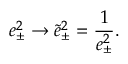
e _ { \pm } ^ { 2 } \rightarrow \widetilde { e } _ { \pm } ^ { 2 } = \frac { 1 } { e _ { \pm } ^ { 2 } } .